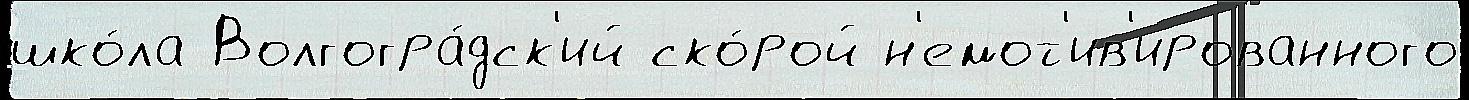
шко́ла Волгогра́дск'ий ско́рой н'емот'ив'ированного